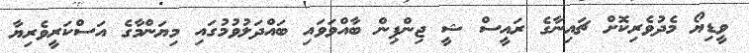
ވީޑިޔޯ މެދުވެރިކޮށް ޗައިނާގެ ރައީސް ޝީ ޖިންޕިން ބާއްވަވައި ބައްދަލުވުމުގައި މިޔަންމާގެ އަސްކަރީވެރިޔާ